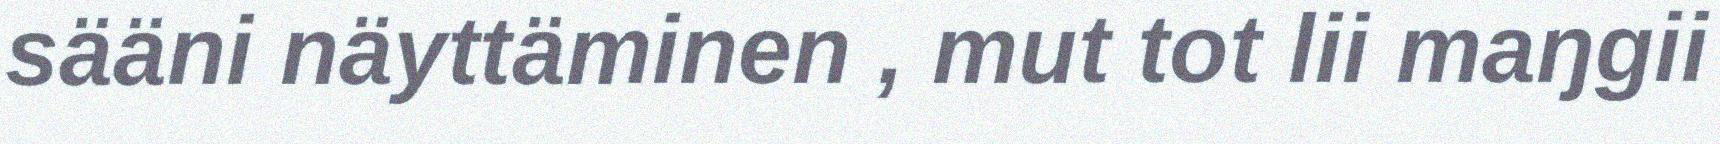
sääni näyttäminen , mut tot lii maŋgii